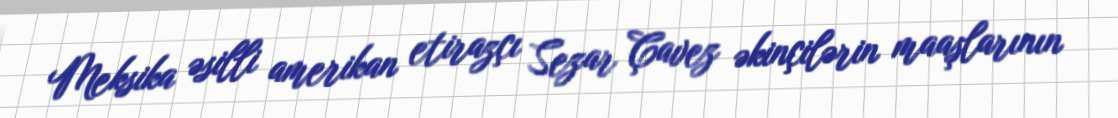
Meksika əsilli amerikan etirazçı Sezar Çavez əkinçilərin maaşlarının